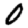
Digit: 0